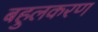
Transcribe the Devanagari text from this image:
बहुलकरण